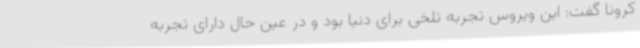
کرونا گفت: این ویروس تجربه تلخی برای دنیا بود و در عین حال دارای تجربه